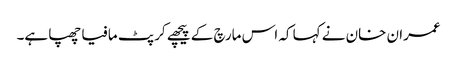
عمران خان نے کہا کہ اس مارچ کے پیچھے کرپٹ مافیا چھپا ہے۔